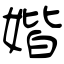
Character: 媘